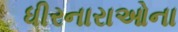
ધીરનારાઓના